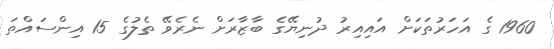
1960 ގެ އަހަރުތަކަށް އައިއިރު ދުނިޔޭގެ ބާޒާރަށް ނެރެވޭ ތެލުގެ 15 އިންސައްތަ